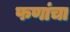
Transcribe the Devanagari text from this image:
फणांचा